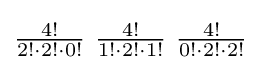
\textstyle {4! \over 2!\cdot 2!\cdot 0!}\ {4! \over 1!\cdot 2!\cdot 1!}\ {4! \over 0!\cdot 2!\cdot 2!}